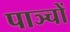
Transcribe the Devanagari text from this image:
पाञ्चों